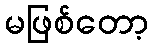
မဖြစ်တော့